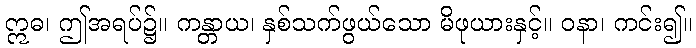
ဣဓ၊ ဤအရပ်၌။ ကန္တာယ၊ နှစ်သက်ဖွယ်သော မိဖုယားနှင့်။ ဝနာ၊ ကင်း၍။